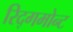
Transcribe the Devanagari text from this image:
रिद्गमोन्ट